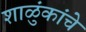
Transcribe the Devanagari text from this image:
शाळुंकांचे